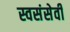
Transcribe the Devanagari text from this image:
स्वसंसेवी